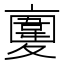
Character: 𩏉